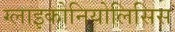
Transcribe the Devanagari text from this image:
ग्लाइकोनियोलिसिस